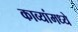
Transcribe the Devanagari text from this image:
काव्यांमध्ये